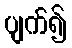
ပျက်၍